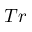
T r